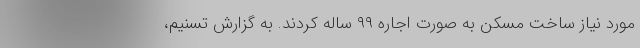
مورد نیاز ساخت مسکن به صورت اجاره ۹۹ ساله کردند. به گزارش تسنیم،